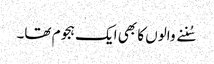
سُننے والوں کا بھی ایک ہجوم تھا۔